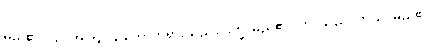
မည်၏။ ယံ၊ အကြင်သဘောတရားသည်။ ဒုက္ခံ၊ မည်၏။ တံ၊ သည်။ ဘယံ၊ မည်၏။